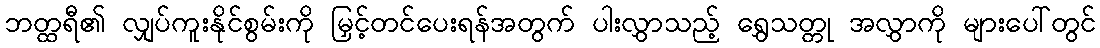
ဘတ္ထရီ၏ လျှပ်ကူးနိုင်စွမ်းကို မြှင့်တင်ပေးရန်အတွက် ပါးလွှာသည့် ရွှေသတ္တု အလွှာကို များပေါ်တွင်